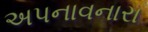
અપનાવનારા